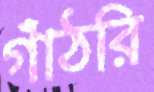
গাঁঠরি